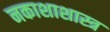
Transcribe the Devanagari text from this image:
नकाशाशास्त्र